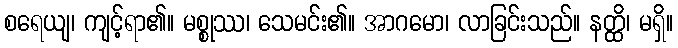
စရေယျ၊ ကျင့်ရာ၏။ မစ္စုဿ၊ သေမင်း၏။ အာဂမော၊ လာခြင်းသည်။ နတ္ထိ၊ မရှိ။